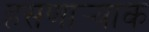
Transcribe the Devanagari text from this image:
हसणार्‍याक